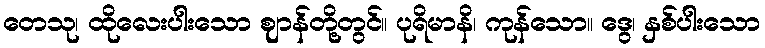
တေသု၊ ထိုလေးပါးသော ဈာန်တို့တွင်။ ပုရိမာနိ၊ ကုန်သော။ ဒွေ၊ နှစ်ပါးသော